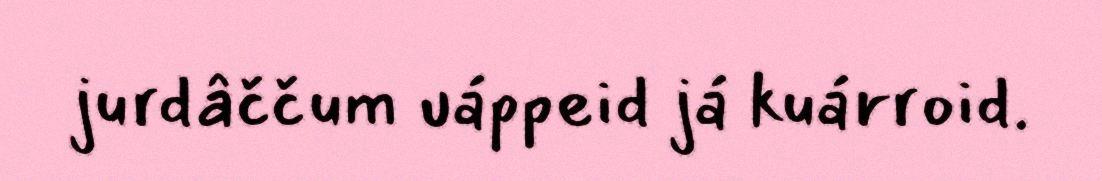
jurdâččum uáppeid já kuárroid.